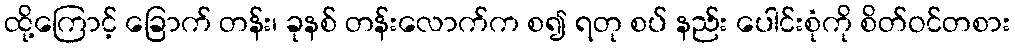
ထို့ကြောင့် ခြောက် တန်း၊ ခုနစ် တန်းလောက်က စ၍ ရတု စပ် နည်း ပေါင်းစုံကို စိတ်ဝင်တစား